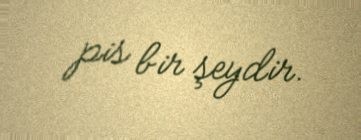
pis bir şeydir.